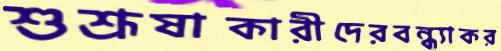
শুশ্রূষাকারীদেরবন্ধ্যাকর